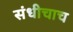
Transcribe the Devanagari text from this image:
संधीचाच